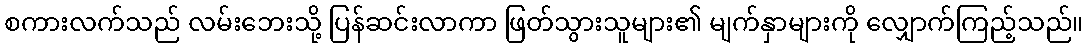
စကားလက်သည် လမ်းဘေးသို့ ပြန်ဆင်းလာကာ ဖြတ်သွားသူများ၏ မျက်နှာများကို လျှောက်ကြည့်သည်။